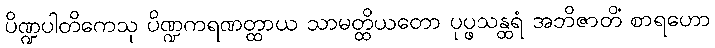
ပိဏ္ဍပါတိကေသု ပိဏ္ဍကရဏတ္ထာယ သာမတ္ထိယတော ပုပ္ဖသန္ထရံ အဘိဇာတိံ စာရဟော